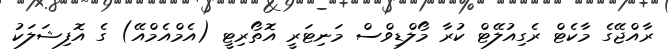
ރާއްޖޭގެ މާކެޓް ރެގިއުލޭޓް ކުރާ މޯލްޑިވްސް މަނިޓަރީ އޮތޯރިޓީ (އެމްއެމްއޭ) ގެ އޮފިޝަލަކު